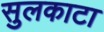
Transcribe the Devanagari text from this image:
सुलकाटा